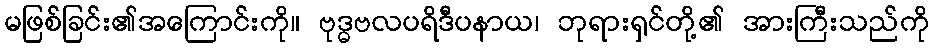
မဖြစ်ခြင်း၏အကြောင်းကို။ ဗုဒ္ဓဗလပရိဒီပနာယ၊ ဘုရားရှင်တို့၏ အားကြီးသည်ကို